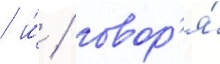
/ и́ / говор'я́